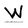
Character: W